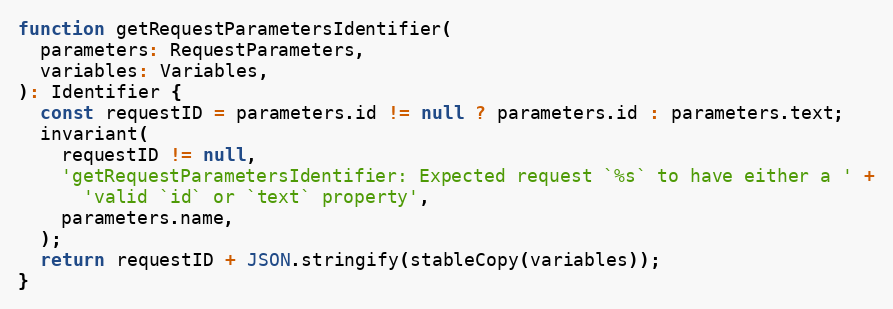
Language: JavaScript
function getRequestParametersIdentifier(
  parameters: RequestParameters,
  variables: Variables,
): Identifier {
  const requestID = parameters.id != null ? parameters.id : parameters.text;
  invariant(
    requestID != null,
    'getRequestParametersIdentifier: Expected request `%s` to have either a ' +
      'valid `id` or `text` property',
    parameters.name,
  );
  return requestID + JSON.stringify(stableCopy(variables));
}